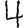
Digit: 4